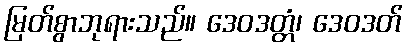
မြတ်စွာဘုရားသည်။ ဒေဝဒတ္တံ၊ ဒေဝဒတ်